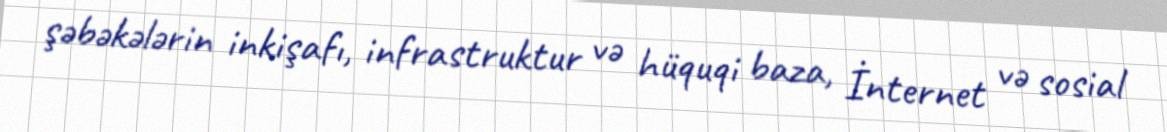
şəbəkələrin inkişafı, infrastruktur və hüquqi baza, İnternet və sosial